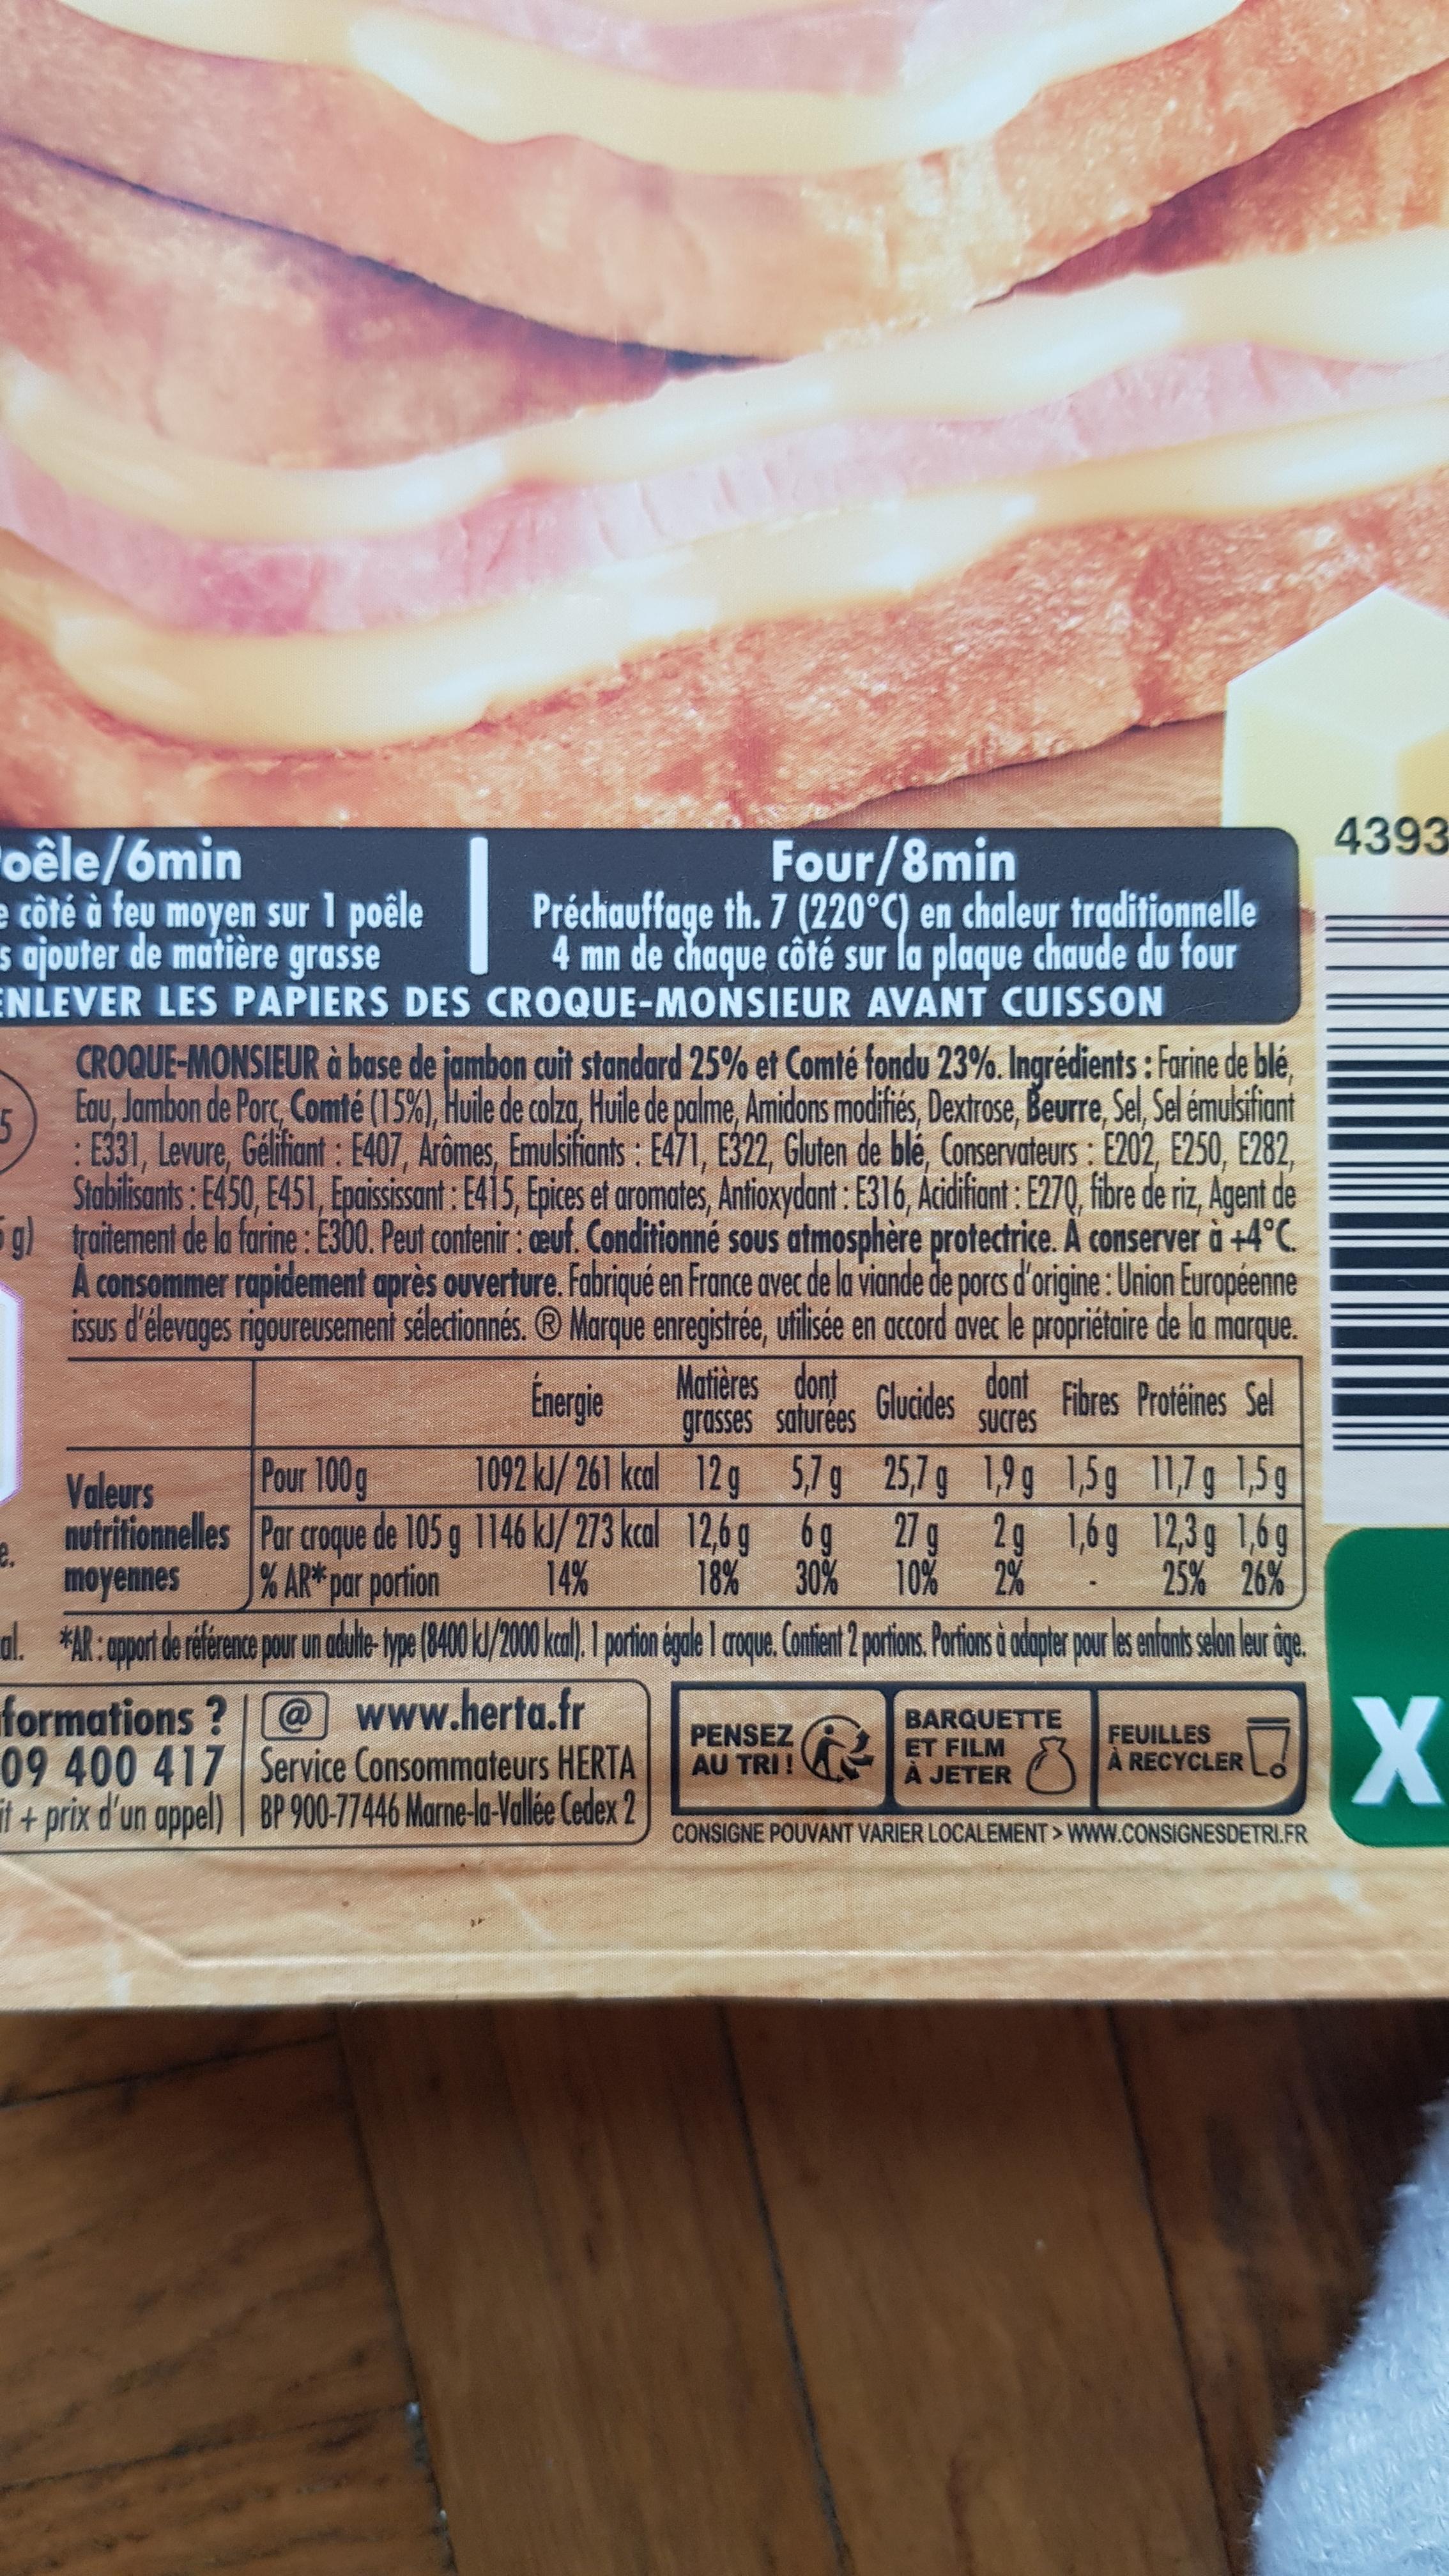
4393
oêle/6min e côté à feu moyen sur 1 poêle s ajouter de matière grasse ENLEVER LES PAPIERS DES CROQUE-MONSIEUR AVANT CUISSON
Four/8min Préchauffage th. 7 (220°C) en chaleur traditionnelle 4 mn de chaque côté sur la plaque chaude du four
CROQUE-MONSIEUR à base de jambon cuit standard 25% et Comté fondu 23%. Ingrédients : Farine de blé, Eau, Jambon de Porc, Comté (15%), Huile de calza, Huile de palme, Amidons modifiés, Dextrose, Beurre, Sel, Sel émulsifiant E331, Levure, Gélifiant : E407, Arômes, Emulsifiants : E471, E322, Gluten de blé, Conservateurs : E202, E250, E282, Stabilisants : E450, E451, Epaisisant: 415, Epices et aromates, Antioxydant: E316, Acidifiant : E270, fibre de riz, Agent de g) traitement de la farine : E300. Peut contenir : ceuf. Conditionné sous atmosphère protectrice. A conserver à +4°C. consommer rapidement après ouverture. Fabriqué en France avec de la viande de porcs d'origine : Union Européenne issus d'élevages rigoureusement sélectionnés. ® Marque enregistrée, ufilisée en accord avec le propriétaire de la marque.
5
Énergie
Matières dont grasses saturées
dont Glucides
Fibres Proféines Sel
SUCres
1092 kl/ 261 kcal 12g nutritionnelles Par croque de 105 g 1146 kl/ 273 kcal 12,6g 6g 27g 2g 1,6g 12,3g 1,6g 14%
Valeurs
Pour 100g
5,7g 25,7g 1,9g 1,5g 11,7g 1,5g
moyennes
% AR* par portion
18% 30% 10% 2%
25% 26%
formations? |@ www.herta.fr 09 400 417 Service Consommateurs HERTA il + prix d'un appel) BP 900-77446 Marne-la-Vallée Cedex 2
PENSEZ AU TRI!
BARQUETTE ET FILM À JETER
FEUILLES À RECYCLER
CONSIGNE POUVANT VARIER LOCALEMENT > WWW.CONSIGNESDETRI.FR